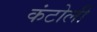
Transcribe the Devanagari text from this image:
कंटोली